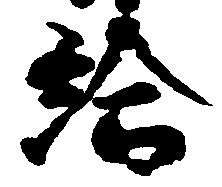
給